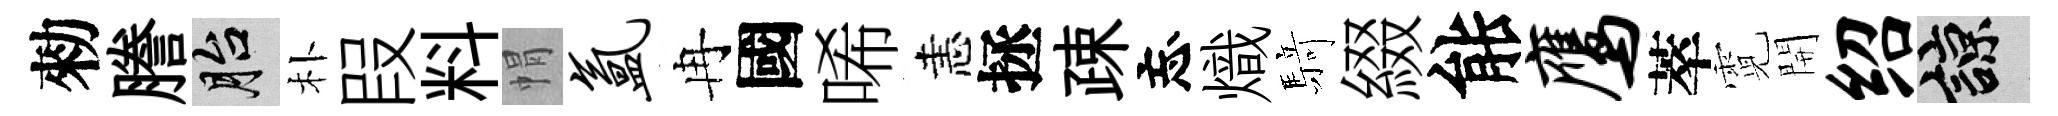
勑謄胎朴叚料㡌氲冉國唏恚拯疎忘熾𮪍綴䏻鹰萃霓開绍諒